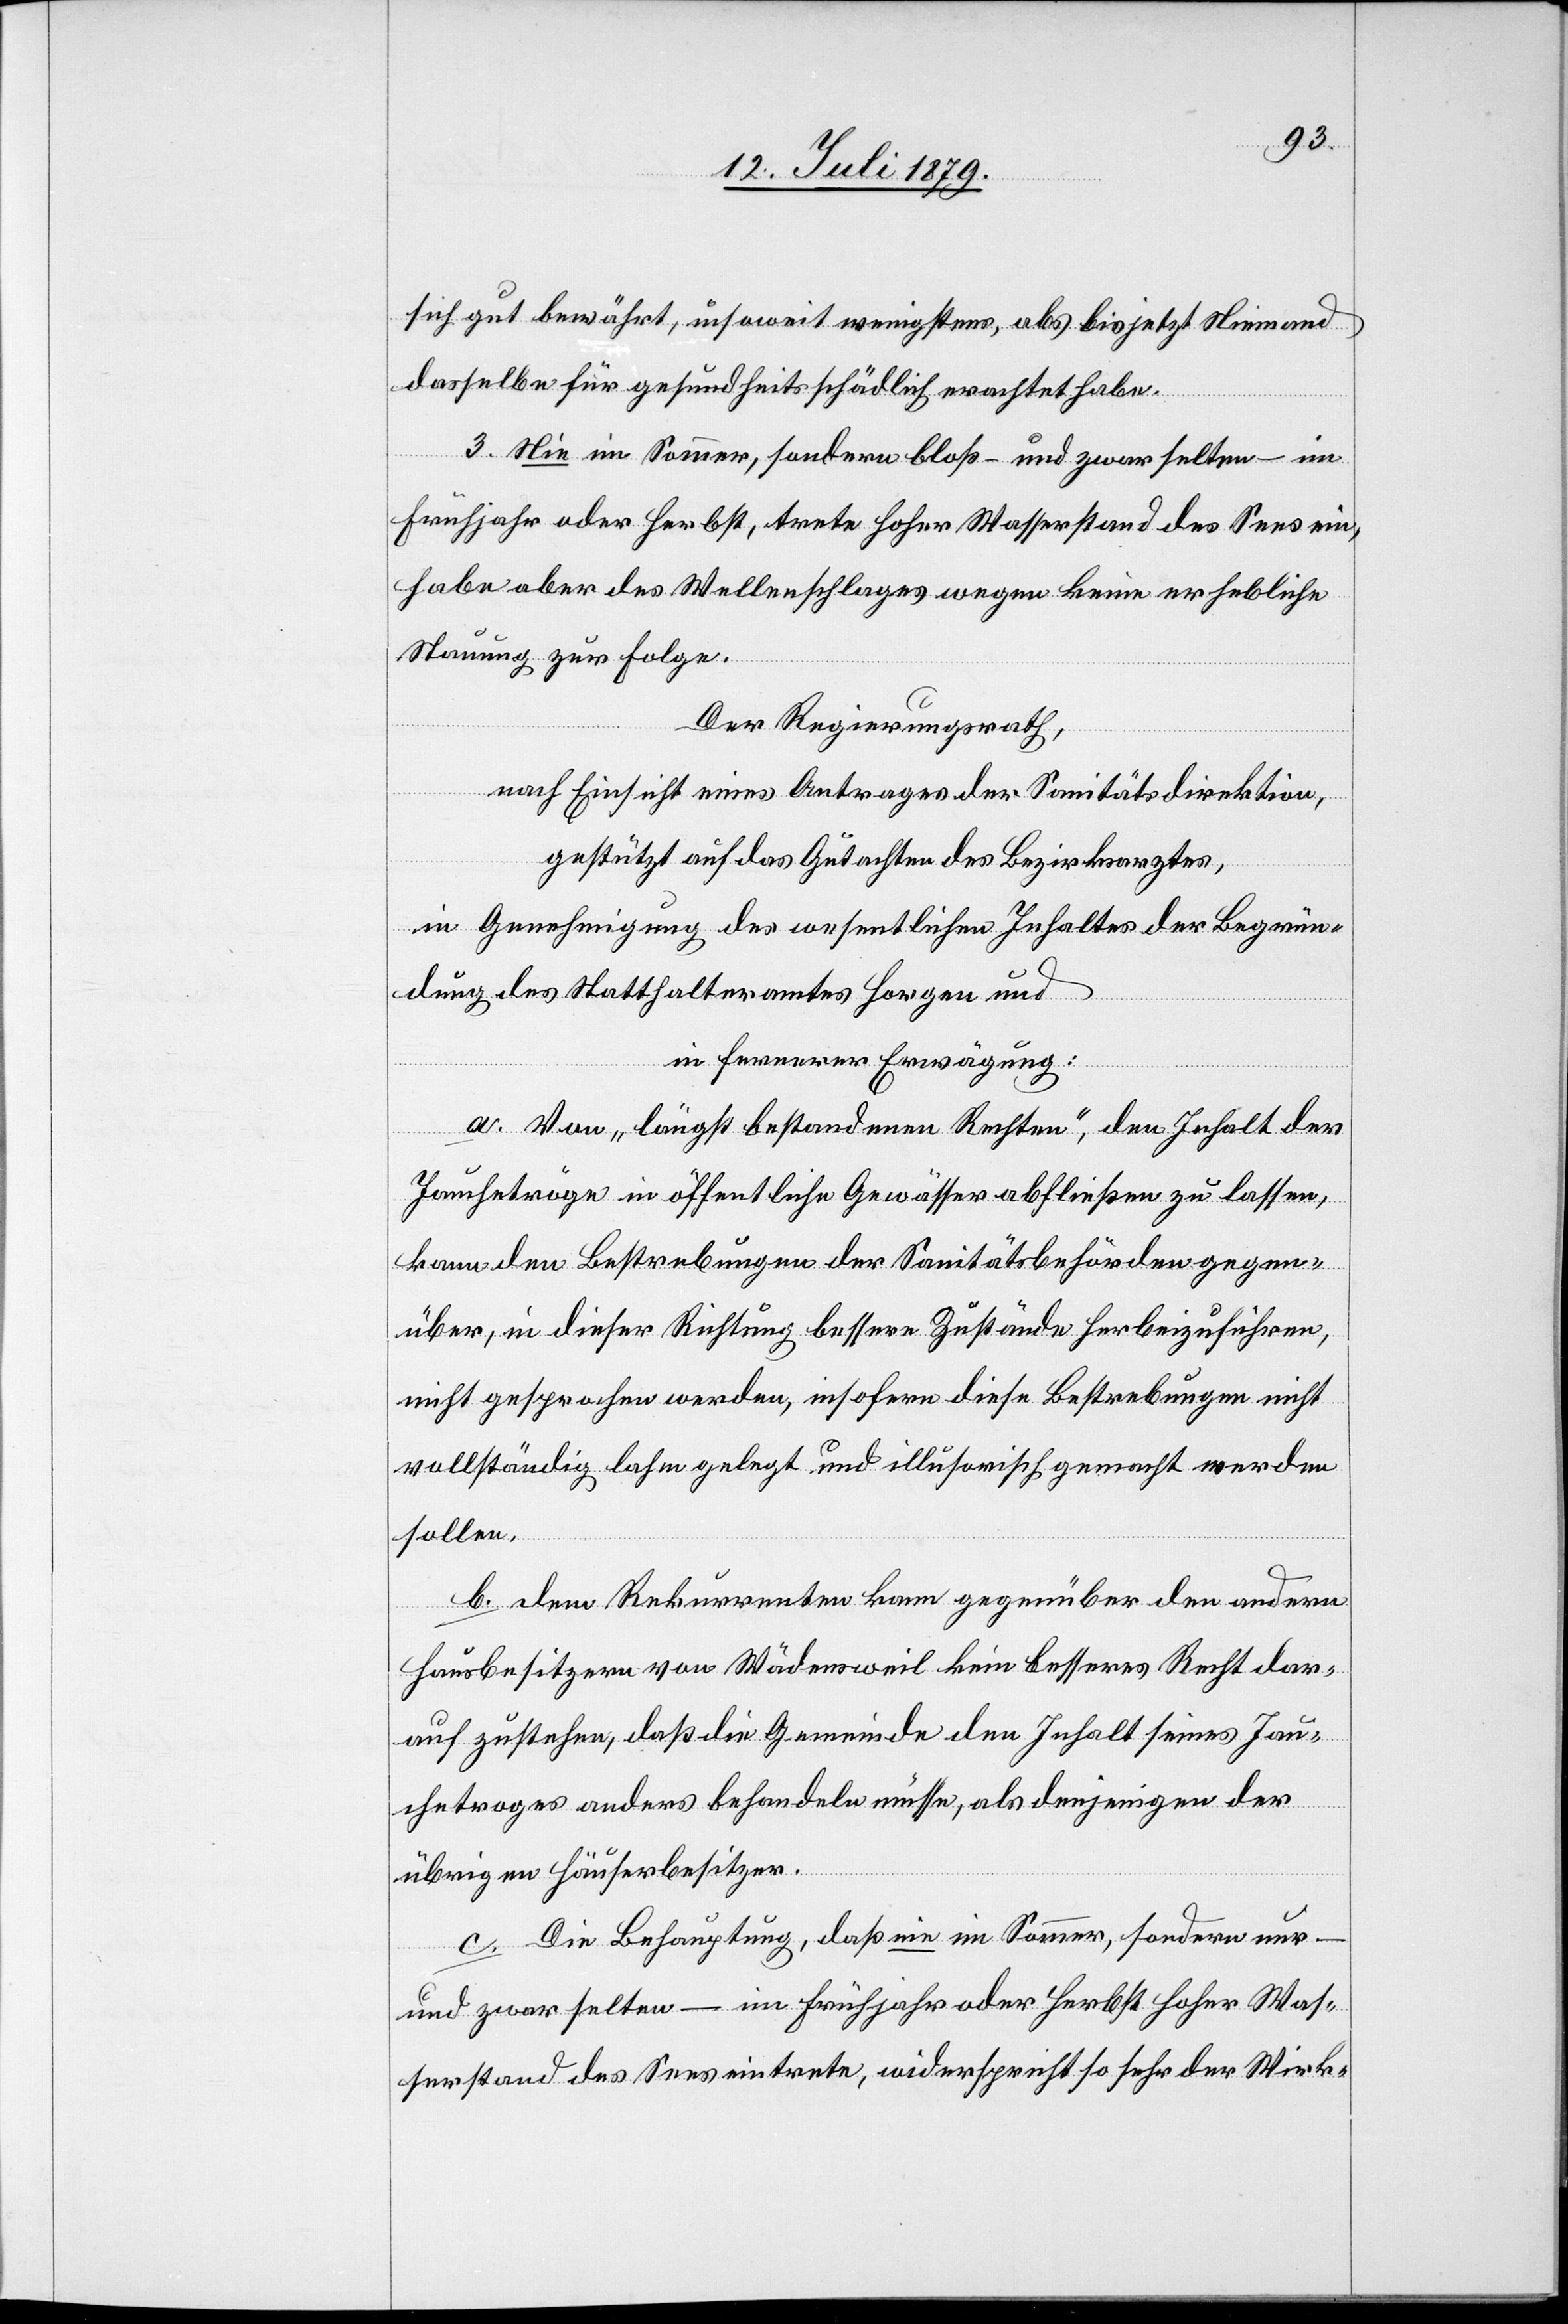
sich gut bewährt, insoweit wenigstens, als bis jetzt Niemand
dasselbe für gesundheitsschädlich erachtet habe.
3. Nie im Sommer, sondern bloß – und zwar selten – im
Frühjahr oder Herbst, trete hoher Wasserstand des Sees ein,
habe aber des Wellenschlages wegen keine erhebliche
Stauung zur Folge.
Der Regierungsrath,
nach Einsicht eines Antrages der Sanitätsdirektion,
gestützt auf das Gutachten des Bezirksarztes,
in Genehmigung des wesentlichen Inhaltes der Begrün¬
dung des Statthalteramtes Horgen und
in fernerer Erwägung:
a. Von „längst bestandenen Rechten“, den Inhalt der¬
Jauchetröge in öffentliche Gewässer abfließen zu lassen,
kann den Bestrebungen der Sanitätsbehörden gegen¬
über, in dieser Richtung bessere Zustände herbeizuführen,
nicht gesprochen werden, insofern diese Bestrebungen nicht
vollständig lahm gelegt und illusorisch gemacht werden
sollen.
b. Dem Rekurrenten kann gegenüber den andern
Hausbesitzern von Wädensweil kein besseres Recht dar¬
auf zustehen, daß die Gemeinde den Inhalt seines Jau¬
chetroges anders behandeln müsse, als denjenigen der
übrigen Häuserbesitzer.
c. Die Behauptung, daß nie im Sommer, sondern nur –
und zwar selten – im Frühjahr oder Herbst hoher Was¬
serstand des Sees eintrete, widerspricht so sehr der Wirk-